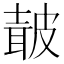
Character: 𭽯